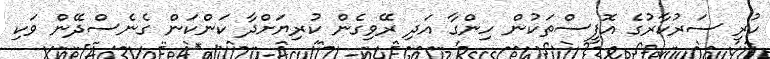
ހުރި ސަރުކާރުގެ އޮފީސްތަކުން ހިންގާ އަދި ރޭވިގެން ކުރިޔަށްދާ ކަންކަން ގެނެސްދޭން ވަކި